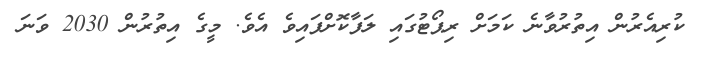
ކުރިއެރުން އިތުރުވާނެ ކަމަށް ރިޕޯޓުގައި ލަފާކޮށްފައިވެ އެވެ. މީގެ އިތުރުން 2030 ވަނަ